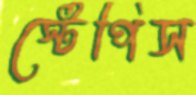
স্টেপিস